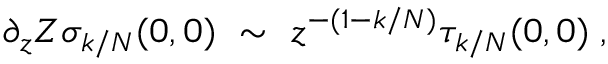
\partial _ { z } Z \sigma _ { k / N } ( 0 , 0 ) ~ \sim ~ z ^ { - ( 1 - k / N ) } \tau _ { k / N } ( 0 , 0 ) \; ,